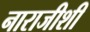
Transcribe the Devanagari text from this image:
नाराजीशी